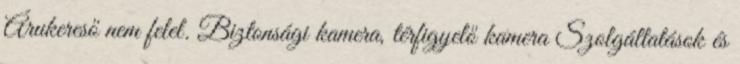
Árukereső nem felel. Biztonsági kamera, térfigyelő kamera Szolgáltatások és